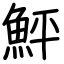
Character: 鮃